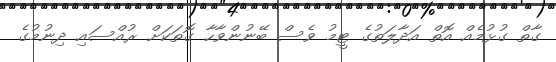
ގާތް ގުޅުމެއް އޮތް އަދާލަތުގެ ޓީމު ވެސް ބޭނުންވާހާ ގޮތަކަށް ރުއްސައި ދިނުމުގެ